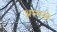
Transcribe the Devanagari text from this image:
अल्पसे